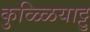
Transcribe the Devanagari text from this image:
कुळ्ळियाट्टु